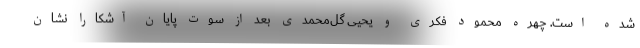
شده است. چهره محمود فکری و یحیی گل‌محمدی بعد از سوت پایان آشکارا نشان